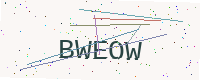
Text: BWEOW